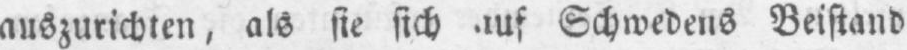
Schwedens Beistand